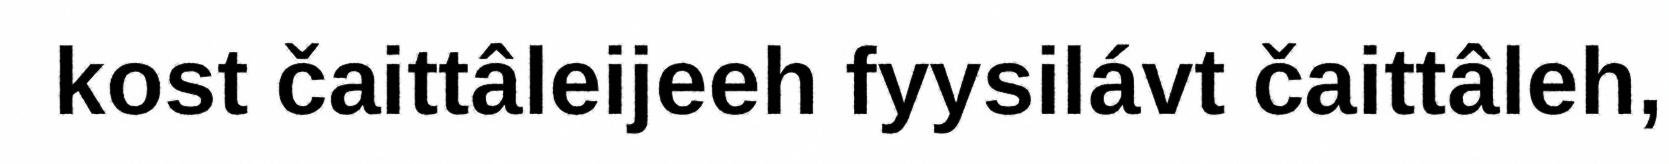
kost čaittâleijeeh fyysilávt čaittâleh,